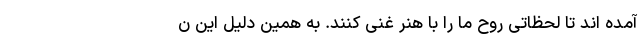
آمده اند تا لحظاتی روحِ ما را با هنر غنی کنند. به همین دلیل این ن